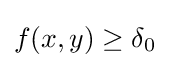
f(x,y)\geq \delta _{0}